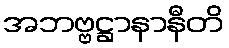
အဘဗ္ဗဋ္ဌာနာနီတိ